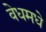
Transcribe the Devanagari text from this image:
वेधमधे